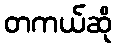
တကယ်ဆို